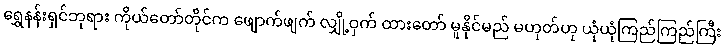
ရွှေနန်းရှင်ဘုရား ကိုယ်တော်တိုင်က ဖျောက်ဖျက် လျှို့ဝှက် ထားတော် မူနိုင်မည် မဟုတ်ဟု ယုံယုံကြည်ကြည်ကြီး